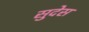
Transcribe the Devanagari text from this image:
सुदेस